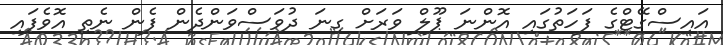
އައިސްގޭޓްގެ ފަހަތުގައި އޮންނަ ޕޫލް ވަރަށް ގިނަ ދުވަސްވަންދެން ފެން ނެތި އޮވެފައި